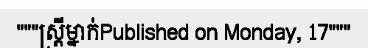
"""ស្ត្រីម្នាក់Published on Monday, 17"""